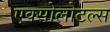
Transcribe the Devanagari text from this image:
एक्सोलोटल्स